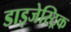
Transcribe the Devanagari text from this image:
डाइजेस्ट्रिक